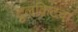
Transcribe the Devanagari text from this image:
टुलकिटचा